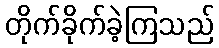
တိုက်ခိုက်ခဲ့ကြသည်